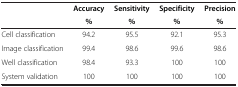
<table><thead><tr><td><b> </b></td><td><b>Accuracy</b></td><td><b>Sensitivity</b></td><td><b>Specificity</b></td><td><b>Precision</b></td></tr><tr><td><b> </b></td><td><b>%</b></td><td><b>%</b></td><td><b>%</b></td><td><b>%</b></td></tr></thead><tbody><tr><td>Cell classification</td><td>94.2</td><td>95.5</td><td>92.1</td><td>95.3</td></tr><tr><td>Image classification</td><td>99.4</td><td>98.6</td><td>99.6</td><td>98.6</td></tr><tr><td>Well classification</td><td>98.4</td><td>93.3</td><td>100</td><td>100</td></tr><tr><td>System validation</td><td>100</td><td>100</td><td>100</td><td>100</td></tr></tbody></table>